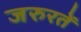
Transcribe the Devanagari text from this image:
जरुरतें